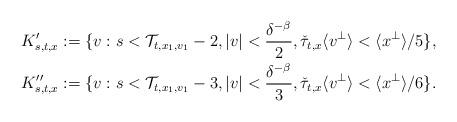
LaTeX: \begin{align*} K_{s,t,x}' &:= \{ v : s < {\mathcal T}_{t,x_1,v_1} - 2, |v| < \frac{\delta^{-\beta}} 2, \check \tau_{t,x} \langle v^\perp \rangle < \langle x^\perp \rangle /5 \}, \\ K''_{s,t,x}&:= \{ v : s < {\mathcal T}_{t,x_1,v_1} - 3, |v| <\frac{\delta^{-\beta}} 3, \check \tau_{t,x} \langle v^\perp \rangle < \langle x^\perp\rangle /6 \}.\end{align*}